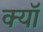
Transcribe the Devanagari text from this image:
क्यॉ